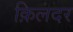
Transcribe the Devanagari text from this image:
क़िलदर